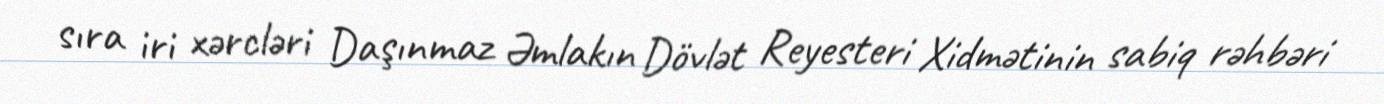
sıra iri xərcləri Daşınmaz Əmlakın Dövlət Reyesteri Xidmətinin sabiq rəhbəri